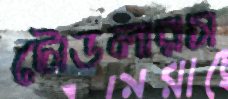
টোডলারস